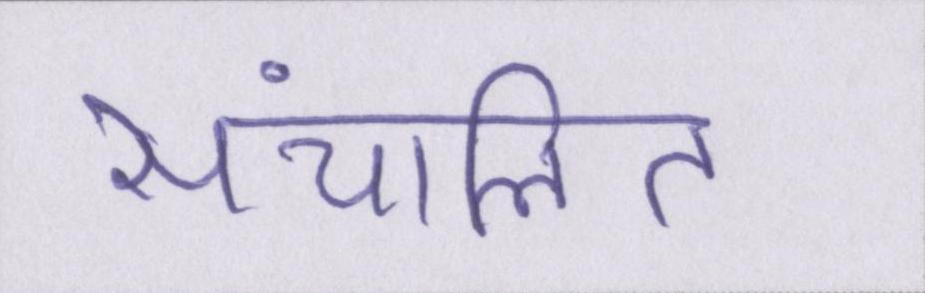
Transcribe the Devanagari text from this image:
संचालित